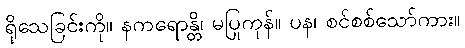
ရိုသေခြင်းကို။ နကရောန္တိ၊ မပြုကုန်။ ပန၊ စင်စစ်သော်ကား။